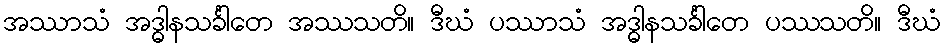
အဿာသံ အဒ္ဓါနသင်္ခါတေ အဿသတိ။ ဒီဃံ ပဿာသံ အဒ္ဓါနသင်္ခါတေ ပဿသတိ။ ဒီဃံ